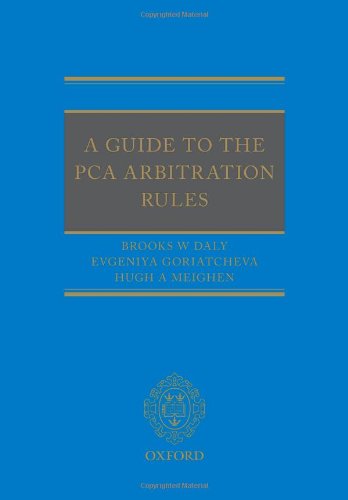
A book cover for A Guide to the PCA Arbitration Rules; Brooks Daly; Law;